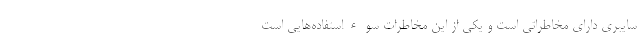
سایبری دارای مخاطراتی است و یکی از این مخاطرات سوءاستفاده‌هایی است